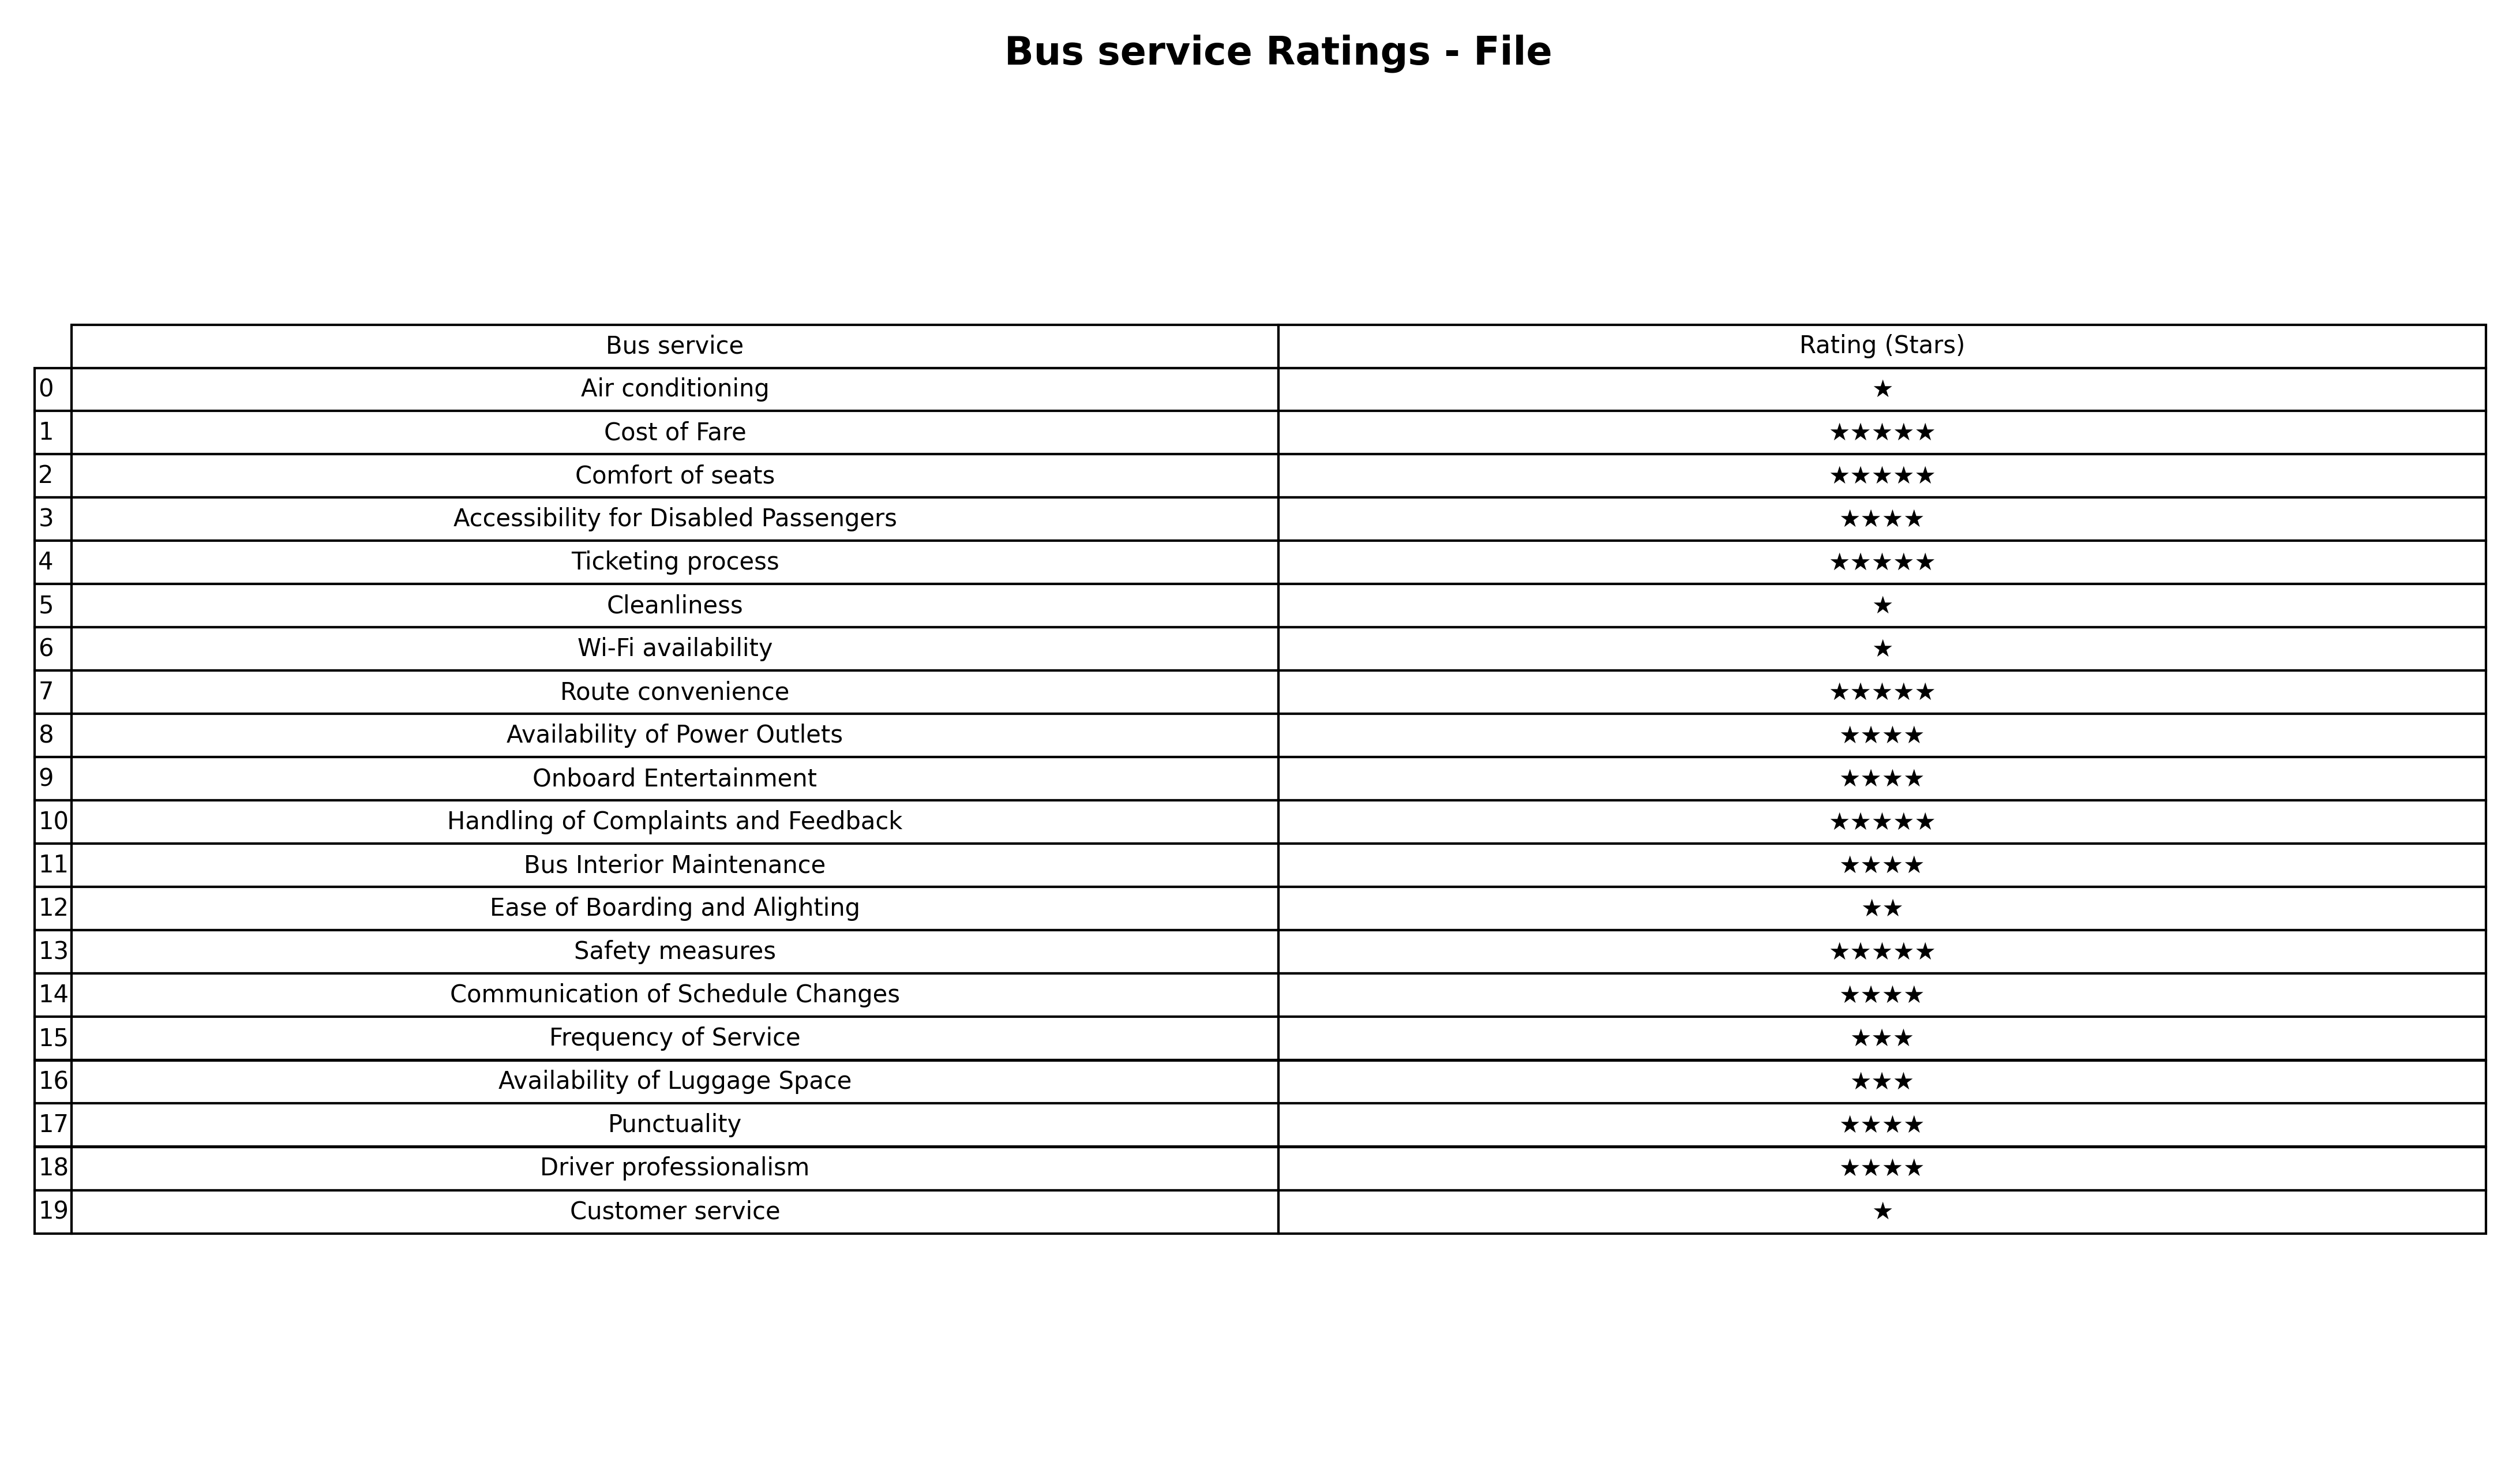
question: What is the rating of Handling of Complaints and Feedback?
answer: ★★★★★